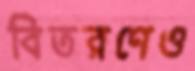
বিতরণেও